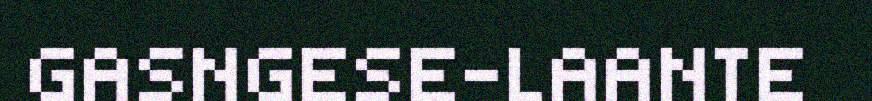
GASNGESE-LAANTE